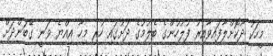
މީހަކު ދޫކޮށްލާފައިވާއިރު ފުލުހުންގެ ބެލުމުގެ ދަށުގައި ހުރި މިހާ އިއްޔެ ވަނީ ގޭބަންދަށް